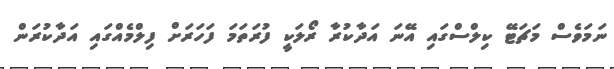
ނަމަވެސް މަޗަޓޭ ކިލްސްގައި އޭނަ އަދާކުރާ ރޯލަކީ ފުރަތަމަ ފަހަރަށް ފިލްމެއްގައި އަދާކުރަން